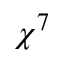
\chi ^ { 7 }